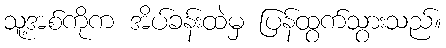
သူ့အစ်ကိုက အိပ်ခန်းထဲမှ ပြန်ထွက်သွားသည်။